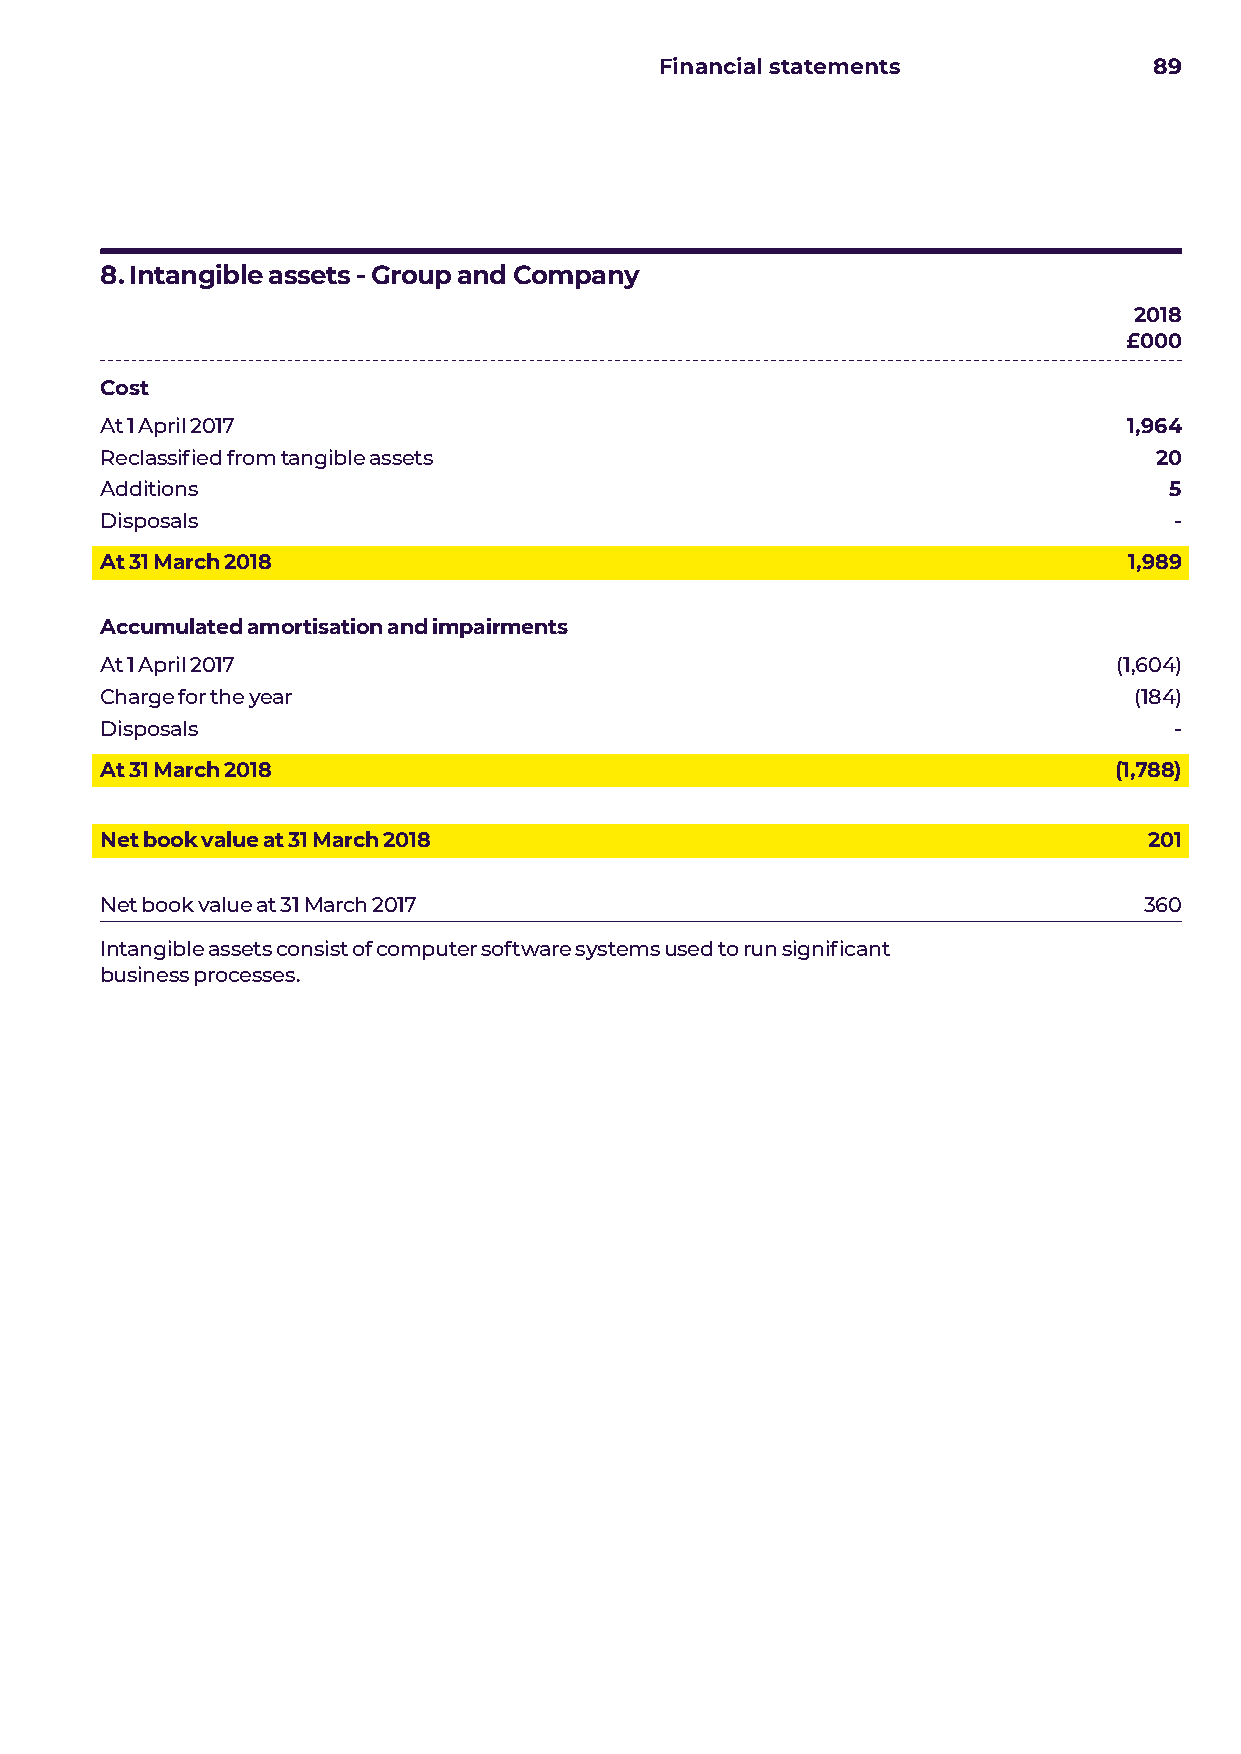
Financial statements            89
 8. Intangible assets - Group and Company
 2018
 £000
 Cost
 At 1 April 2017                                                     1,964
 Reclassified from tangible assets                                    20
 Additions                                                             5
 Disposals                                                              -
 At 31 March 2018                                                    1,989
 Accumulated amortisation and impairments
 At 1 April 2017                                                    (1,604)
 Charge for the year                                                 (184)
 Disposals                                                              -
 At 31 March 2018                                                   (1,788)
 Net book value at 31 March 2018                                      201
 Net book value at 31 March 2017                                      360
 Intangible assets consist of computer software systems used to run significant
 business processes.